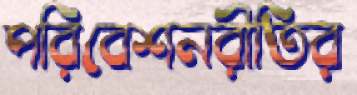
পরিবেশনরীতির